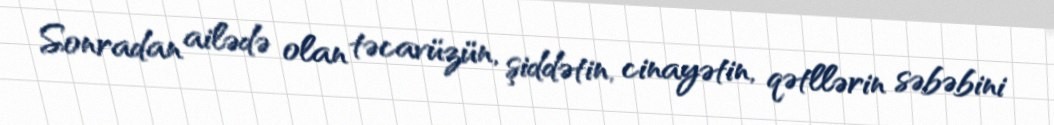
Sonradan ailədə olan təcavüzün, şiddətin, cinayətin, qətllərin səbəbini